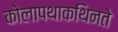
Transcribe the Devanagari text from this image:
कोलापथाकथिनते